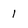
Character: 1